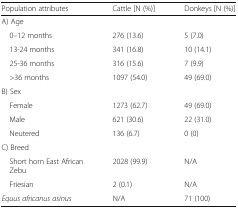
<table><thead><tr><td><b>Population attributes</b></td><td><b>Cattle [N (%)]</b></td><td><b>Donkeys [N (%)]</b></td></tr></thead><tbody><tr><td>A) Age</td><td></td><td></td></tr><tr><td> 0–12 months</td><td>276 (13.6)</td><td>5 (7.0)</td></tr><tr><td> 13-24 months</td><td>341 (16.8)</td><td>10 (14.1)</td></tr><tr><td> 25-36 months</td><td>316 (15.6)</td><td>7 (9.9)</td></tr><tr><td> &gt;36 months</td><td>1097 (54.0)</td><td>49 (69.0)</td></tr><tr><td>B) Sex</td><td></td><td></td></tr><tr><td> Female</td><td>1273 (62.7)</td><td>49 (69.0)</td></tr><tr><td> Male</td><td>621 (30.6)</td><td>22 (31.0)</td></tr><tr><td> Neutered</td><td>136 (6.7)</td><td>0 (0)</td></tr><tr><td>C) Breed</td><td></td><td></td></tr><tr><td> Short horn East African Zebu</td><td>2028 (99.9)</td><td>N/A</td></tr><tr><td> Friesian</td><td>2 (0.1)</td><td>N/A</td></tr><tr><td><i>Equus africanus asinus</i></td><td>N/A</td><td>71 (100)</td></tr></tbody></table>